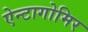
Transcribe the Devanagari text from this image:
ऐन्टागोमिर